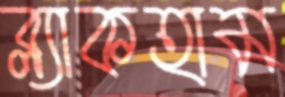
ব্ল্যাকহাম